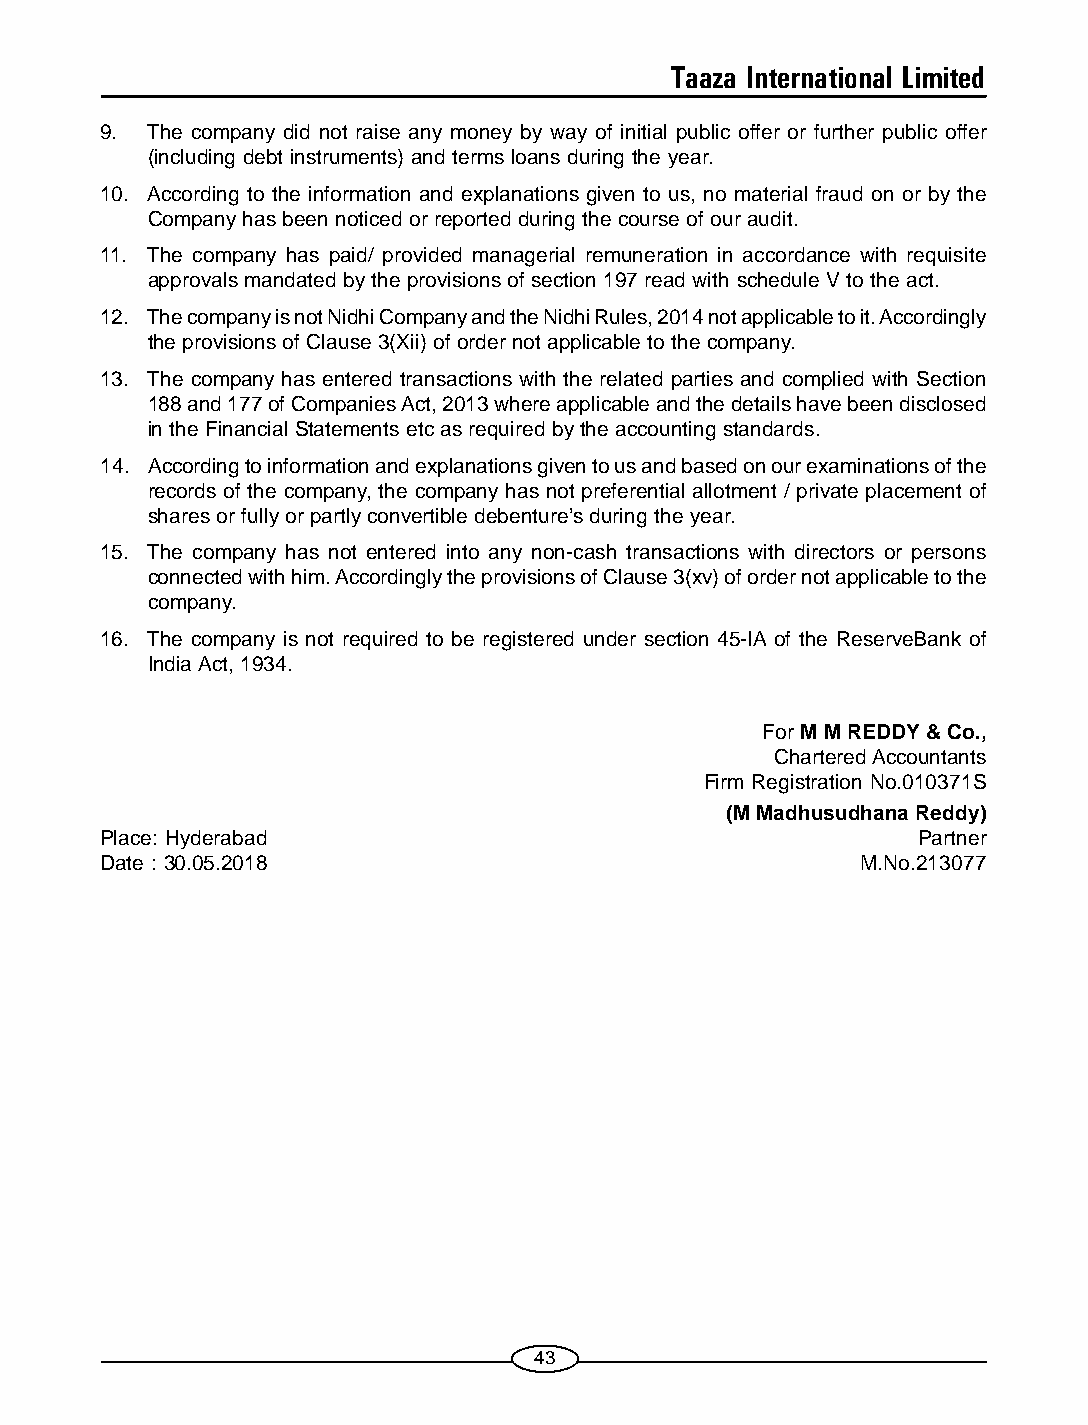
Taaza International Limited
 9. The company did not raise any money by way of initial public offer or further public offer
 (including debt instruments) and terms loans during the year.
 10. According to the information and explanations given to us, no material fraud on or by the
 Company has been noticed or reported during the course of our audit.
 11. The company has paid/ provided managerial remuneration in accordance with requisite
 approvals mandated by the provisions of section 197 read with schedule V to the act.
 12. The company is not Nidhi Company and the Nidhi Rules, 2014 not applicable to it. Accordingly
 the provisions of Clause 3(Xii) of order not applicable to the company.
 13. The company has entered transactions with the related parties and complied with Section
 188 and 177 of Companies Act, 2013 where applicable and the details have been disclosed
 in the Financial Statements etc as required by the accounting standards.
 14. According to information and explanations given to us and based on our examinations of the
 records of the company, the company has not preferential allotment / private placement of
 shares or fully or partly convertible debenture’s during the year.
 15. The company has not entered into any non-cash transactions with directors or persons
 connected with him. Accordingly the provisions of Clause 3(xv) of order not applicable to the
 company.
 16. The company is not required to be registered under section 45-IA of the ReserveBank of
 India Act, 1934.
 For M M REDDY & Co.,
 Chartered Accountants
 Firm Registration No.010371S
 (M Madhusudhana Reddy)
 Place: Hyderabad                                      Partner
 Date : 30.05.2018                                 M.No.213077
 43